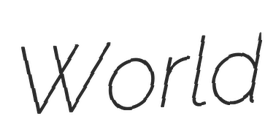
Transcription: World